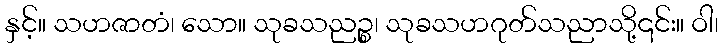
နှင့်။ သဟဇာတံ၊ သော။ သုခသညဉ္စ၊ သုခသဟဂုတ်သညာသို့၎င်း။ ဝါ၊